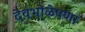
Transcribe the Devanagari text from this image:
देवभोळेपणा